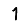
Digit: 1